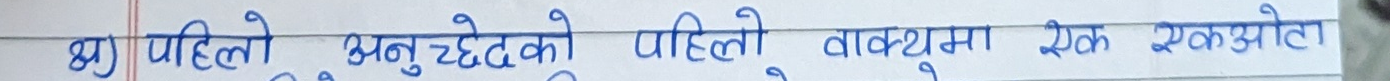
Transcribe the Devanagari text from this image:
ख) पहिलो अनुच्छेदको पहिलो वाक्यमा एक एकझलक